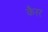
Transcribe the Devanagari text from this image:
कैरर